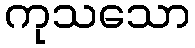
ကုသသော